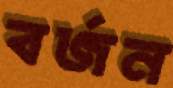
বর্জন